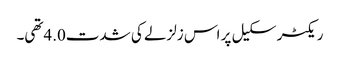
ریکٹر سکیل پر اس زلزلے کی شدت4.0تھی۔